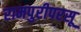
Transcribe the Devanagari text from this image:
रामपुरीपरसू